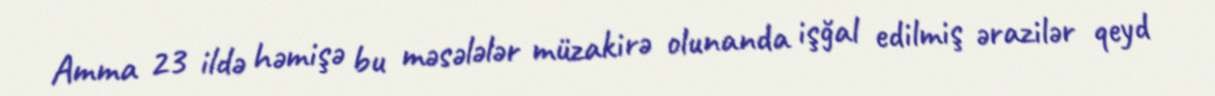
Amma 23 ildə həmişə bu məsələlər müzakirə olunanda işğal edilmiş ərazilər qeyd